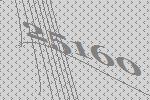
25160